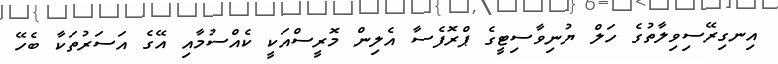
އިނގިރޭސިވިލާތުގެ ހަލް ޔުނިވާސިޓީގެ ޕްރޮފެސާ އެލިން މޮރީސްއަކީ ކެއްސުމާއި އޭގެ އަސަރުތަކާ ބެހޭ